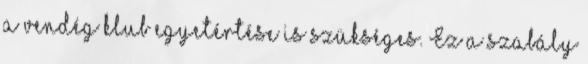
a vendég klub egyetértése is szükséges. Ez a szabály